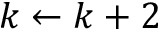
k \leftarrow k + 2